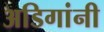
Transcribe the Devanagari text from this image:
अडिगांनी